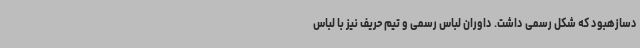
دسازهبود که شکل رسمی داشت. داوران لباس رسمی و تیم حریف نیز با لباس